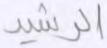
الرشيد